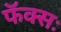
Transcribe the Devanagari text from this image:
फॅक्सः